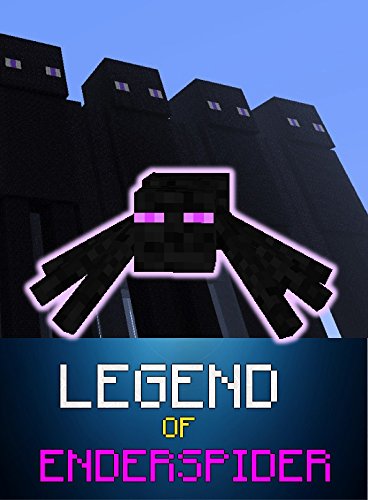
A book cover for Minecraft: Legend Of EnderSpider (ENDVENTURES SERIES Book 5); Ender King; Children's Books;